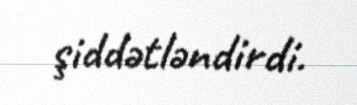
şiddətləndirdi.